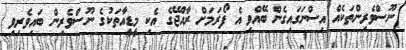
ނޫސްވެރިންތަކެއް އިސްނަގައިގެން ބޭއްވި އެ ފޯރަމަށް ރާއްޖޭގެ އެކި މީޑީއާތަކުގެ ނޫސްވެރިން ބައިވެރިވި